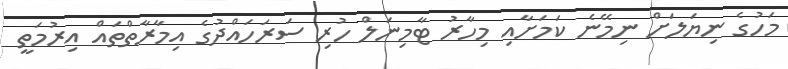
މަހުގެ ނިޔަލަށް ނިމޭނެ ކަމަަށާއި މިހާރު ޓާމިނަލް ހުރި ސަރަހައްދުގެ އިމާރާތްތައް އިރުމަތީ